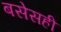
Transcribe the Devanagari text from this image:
बसेसही